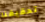
تحقيقنا